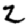
Digit: 2